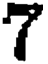
7